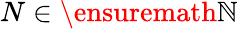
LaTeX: N\in\ensuremath{\mathbb{N}}